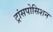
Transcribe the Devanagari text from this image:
ट्रांसपोसिशन